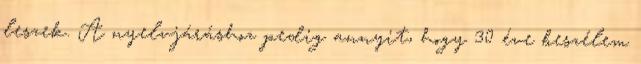
leszek. A nyelvjáráshoz pedig annyit, hogy 30 éve beszélem